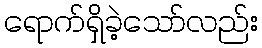
ရောက်ရှိခဲ့သော်လည်း